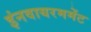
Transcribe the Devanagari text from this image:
इंनवायरममेंट